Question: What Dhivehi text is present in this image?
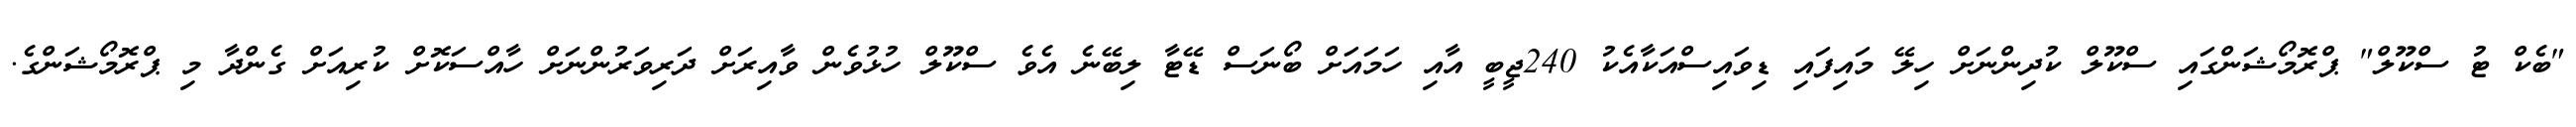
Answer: "ބެކް ޓު ސްކޫލް" ޕްރޮމޯޝަންގައި ސްކޫލް ކުދިންނަށް ހިލޭ މައިފައި ޑިވައިސްއަކާއެކު 240ޖީބީ އާއި ހަމައަށް ބޯނަސް ޑޭޓާ ލިބޭނެ އެވެ ސްކޫލް ހުޅުވެން ވާއިރަށް ދަރިވަރުންނަށް ހާއްސަކޮށް ކުރިއަށް ގެންދާ މި ޕްރޮމޯޝަންގެ.